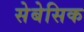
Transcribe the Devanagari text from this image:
सेबेसिक